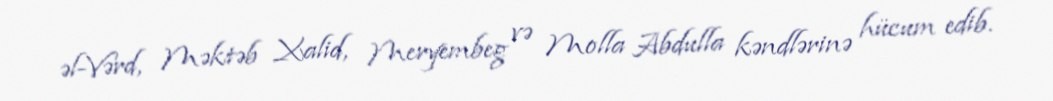
əl-Vərd, Məktəb Xalid, Meryembeg və Molla Abdulla kəndlərinə hücum edib.